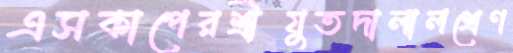
এসকাপেরশ্রীযুতদালালশ্রেণ